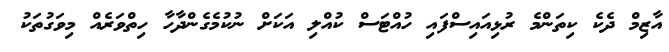
އާޒިމް ދެކެ ކިތަންމެ ރުޅިއައިސްފައި ހުއްޓަސް ކުއްލި އަކަށް ނުކުމެގެންދާހާ ހިތްވަރެއް މިވަގުތަކު